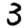
Digit: 3